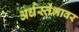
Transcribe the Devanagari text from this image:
अर्धस्तंभावर